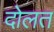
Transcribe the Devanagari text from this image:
दोलत